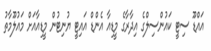
އައްޑޫ ސިޓީ ކައުންސިލްގެ އިދާރާގެ މީޑިއާ އެންޑް އައިޓީ ޔުނިޓުން މީޑިއާއަށް މައުލޫމާތު